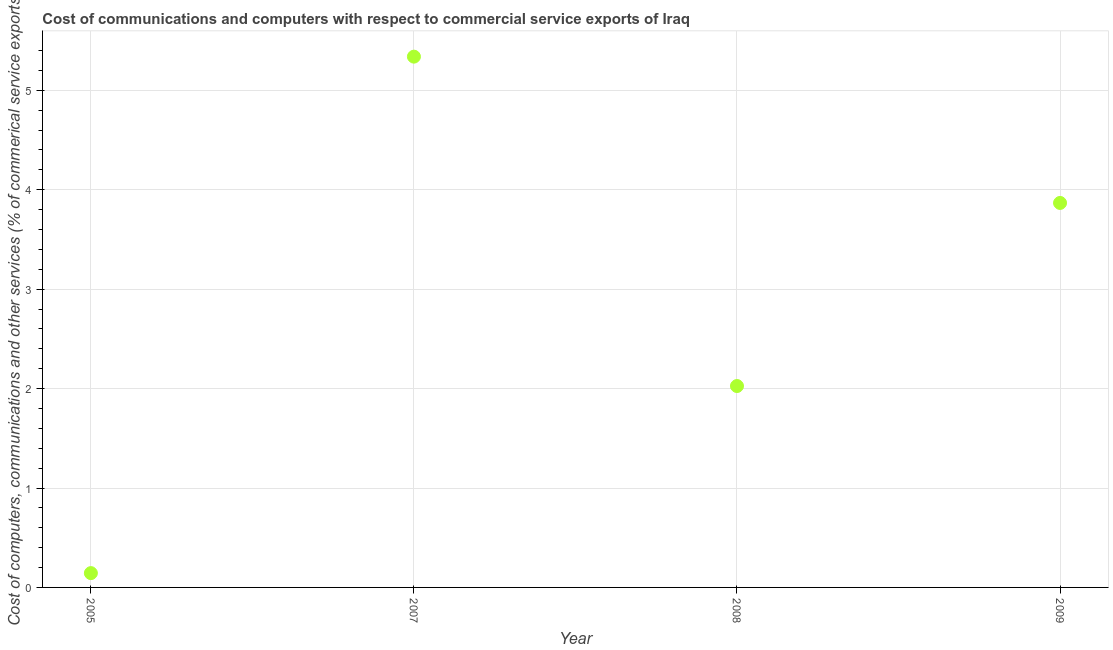
| Year | Computer |
 | --- | --- |
 | 2005 | 0.144 |
 | 2007 | 5.34 |
 | 2008 | 2.03 |
 | 2009 | 3.87 |